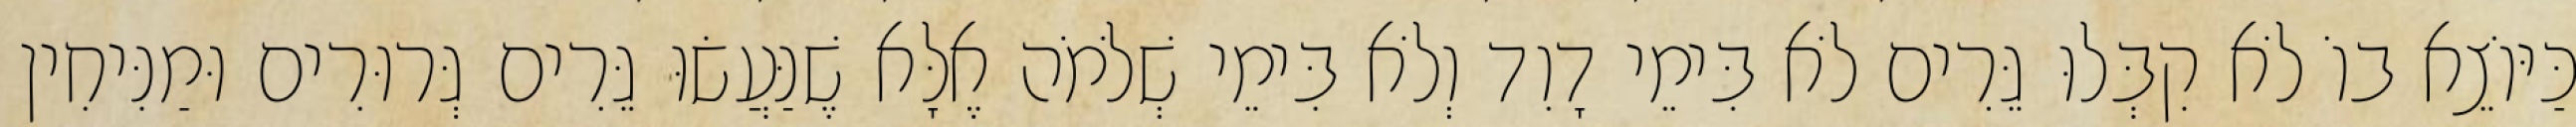
כַּיּוֹצֵא בוֹ לֹא קִבְּלוּ גֵּרִים לֹא בִּימֵי דָוִד וְלֹא בִּימֵי שְׁלֹמֹה אֶלָּא שֶׁנַּעֲשׂוּ גֵּרִים גְּרוּרִים וּמַנִּיחִין